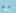
مع